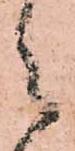
々